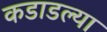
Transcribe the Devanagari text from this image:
कडाडल्या